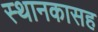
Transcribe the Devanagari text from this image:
स्थानकासह